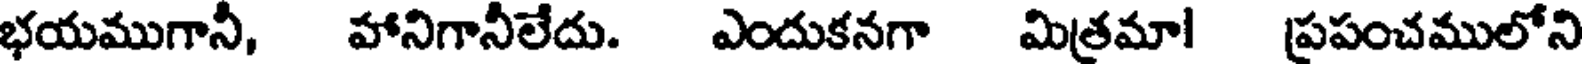
భయముగానీ, హానిగానీలేదు. ఎందుకనగా మిత్రమా! ప్రపంచములోని